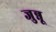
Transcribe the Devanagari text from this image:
जुन्नू